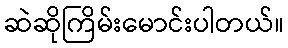
ဆဲဆိုကြိမ်းမောင်းပါတယ်။